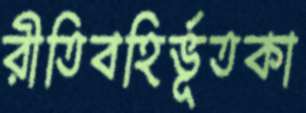
রীতিবহির্ভূতকা